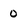
Character: 0